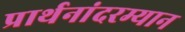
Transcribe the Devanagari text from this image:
प्रार्थनांदरम्यान